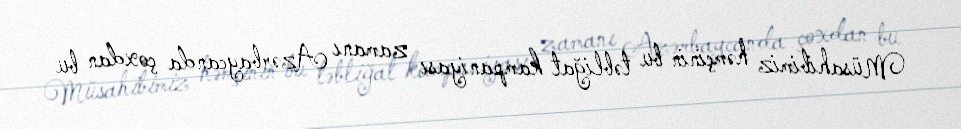
Müsahibimiz həmçinin bu təbliğat kampaniyası zamanı Azərbaycanda çoxdan bu